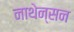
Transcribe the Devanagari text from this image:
नाथेन्सन